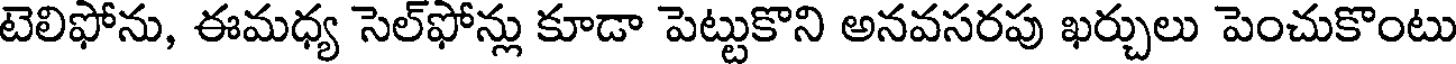
టెలిఫోను, ఈమధ్య సెల్ఫోన్లు కూడా పెట్టుకొని అనవసరపు ఖర్చులు పెంచుకొంటు